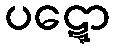
ပဋ္ဋော